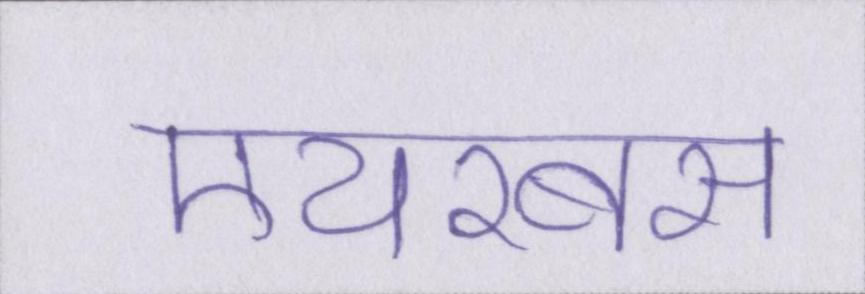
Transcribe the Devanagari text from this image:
एयरबस